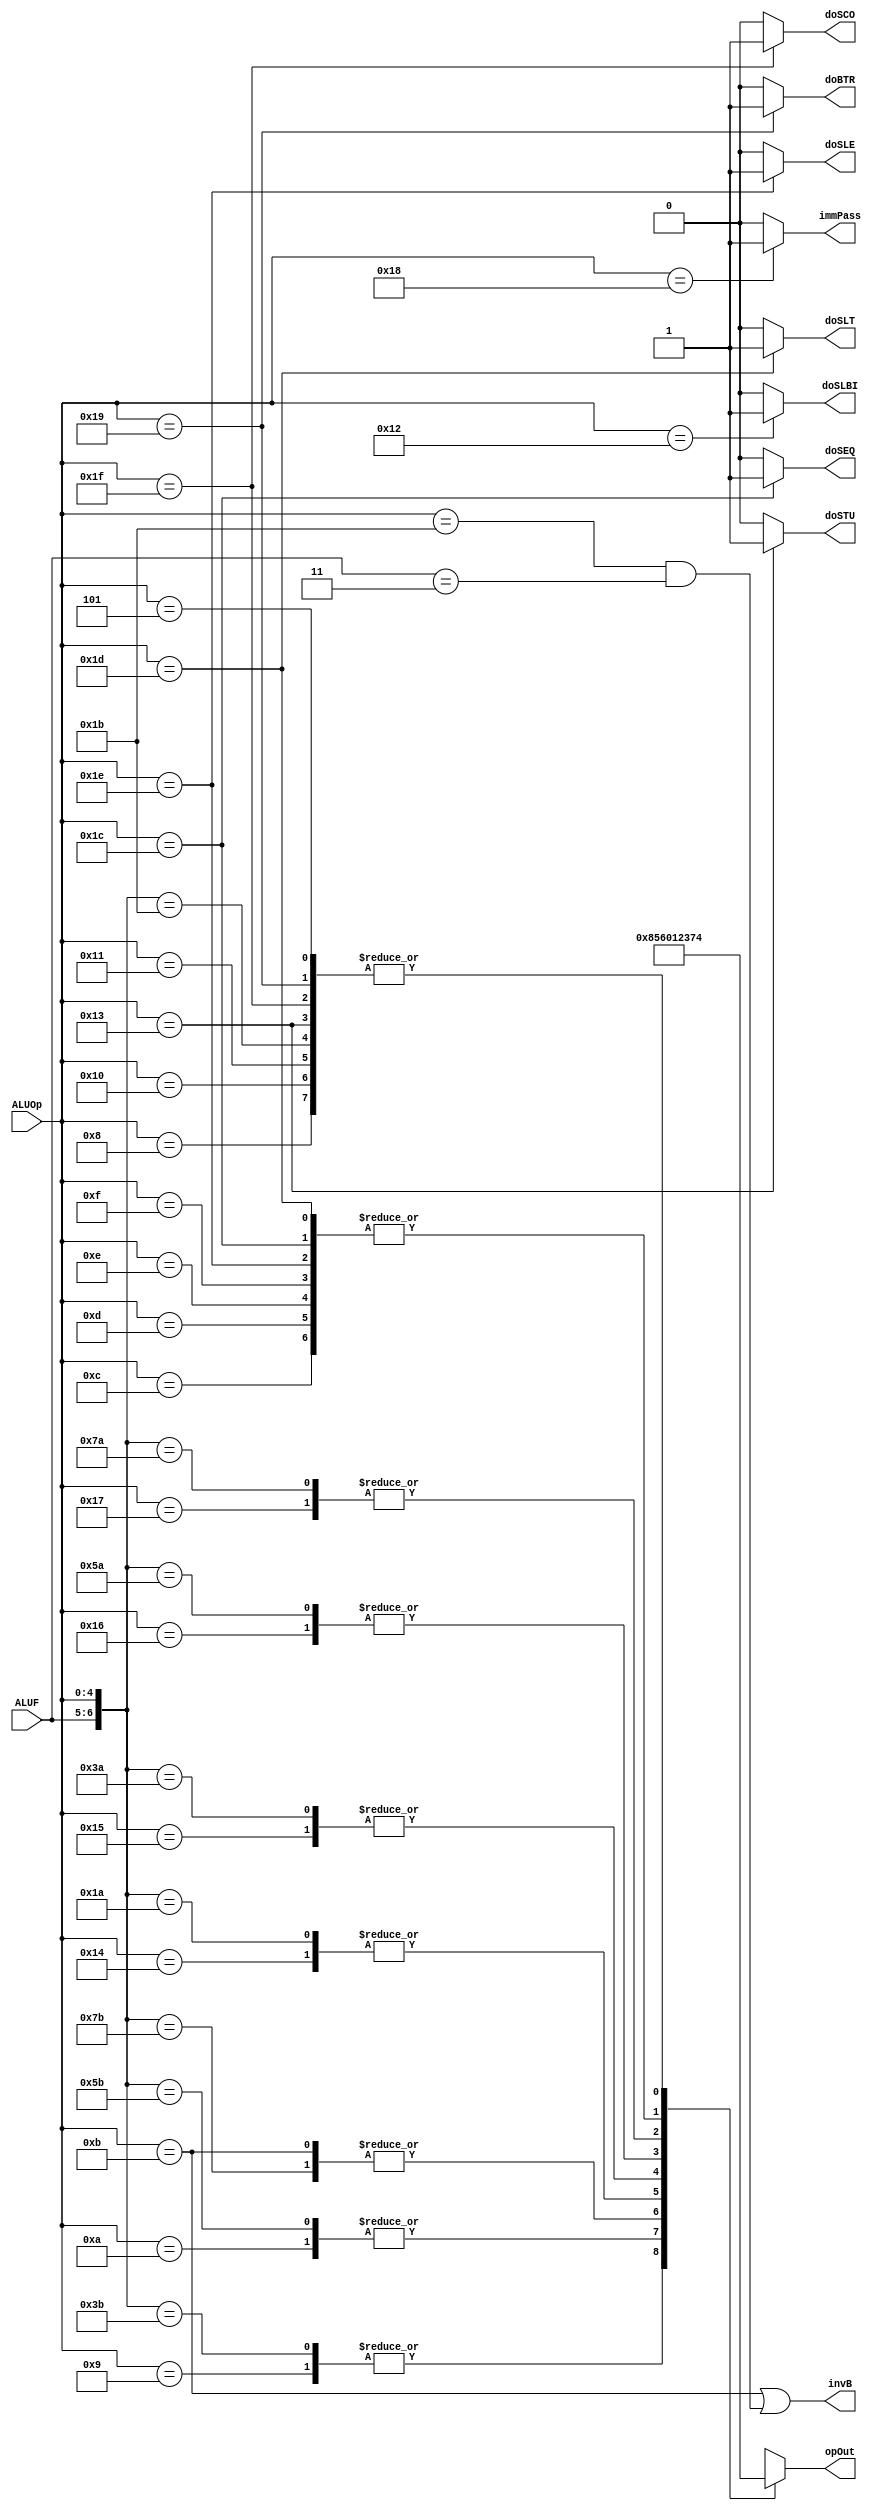
module aluCtrl(ALUOp, ALUF, opOut, invB, immPass, doSLE, doSEQ, doSCO, doBTR,
                                                doSLBI, doSLT, doSTU);
    input [4:0] ALUOp;
    input [1:0] ALUF;

    output reg [3:0] opOut;
    output invB, immPass, doSCO, doSLBI, doSLE, doBTR, doSEQ, doSLT,doSTU;

    assign invB = (ALUOp == 5'b01011) | ((ALUOp == 5'b11011) & (ALUF == 2'b11));
    assign immPass = (ALUOp == 5'b11000) ? 1'b1 : 1'b0;
    assign doSLBI = (ALUOp == 5'b10010) ? 1'b1 : 1'b0;
    assign doSLT = (ALUOp == 5'b11101) ? 1'b1 : 1'b0; 
    assign doBTR = (ALUOp == 5'b11001) ? 1'b1 : 1'b0;
    assign doSCO = (ALUOp == 5'b11111) ? 1'b1 : 1'b0;
    assign doSEQ = (ALUOp == 5'b11100) ? 1'b1 : 1'b0;
    assign doSLE = (ALUOp == 5'b11110) ? 1'b1 : 1'b0;
    assign doSTU = (ALUOp == 5'b10011) ? 1'b1 :1'b0;

    always @(*) begin
        casex ({ALUF, ALUOp})
            7'bxx_01000: opOut = 4'b0100; // addi
            7'bxx_01001: opOut = 4'b1000; // subi
            7'bxx_01010: opOut = 4'b0101; // xori 
            7'bxx_01011: opOut = 4'b0110; // andni
            7'bxx_10100: opOut = 4'b0000; // roli 
            7'bxx_10101: opOut = 4'b0001; // slli
            7'bxx_10110: opOut = 4'b0010; // rori
            7'bxx_10111: opOut = 4'b0011; // srli
            7'bxx_10000: opOut = 4'b0100; // st
            7'bxx_10001: opOut = 4'b0100; // ld
            7'bxx_10011: opOut = 4'b0100; // stu
            // TODO: not sure what btr instruction does
            7'bxx_11001: opOut = 4'b0100; // btr
            7'b00_11011: opOut = 4'b0100; // add
            7'b01_11011: opOut = 4'b1000; // sub
            7'b10_11011: opOut = 4'b0101; // xor
            7'b11_11011: opOut = 4'b0110; // andn
            7'b00_11010: opOut = 4'b0000; // rol
            7'b01_11010: opOut = 4'b0001; // sll
            7'b10_11010: opOut = 4'b0010; // ror
            7'b11_11010: opOut = 4'b0011; // srl
            7'bxx_11100: opOut = 4'b0111; // seq
            7'bxx_11101: opOut = 4'b0111; // slt
            7'bxx_11110: opOut = 4'b0111; // sle
            7'bxx_11111: opOut = 4'b0100; // sco
            7'bxx_01100: opOut = 4'b0111; // beqz
            7'bxx_01101: opOut = 4'b0111; // bnez
            7'bxx_01110: opOut = 4'b0111; // bltz
            7'bxx_01111: opOut = 4'b0111; // bgez
            7'bxx_00101: opOut = 4'b0100; // jr
            default: opOut = 3'bxxx;
        endcase
    end
endmodule